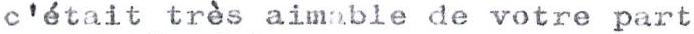
c'était très aimable de votre part